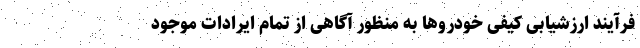
فرآیند ارزشیابی کیفی خودروها به منظور آگاهی از تمام ایرادات موجود